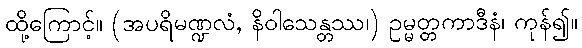
ထို့ကြောင့်။ (အပရိမဏ္ဍလံ, နိဝါသေန္တဿ၊) ဥမ္မတ္တကာဒီနံ၊ ကုန်၍။